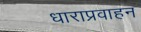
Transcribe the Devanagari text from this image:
धाराप्रवाहन